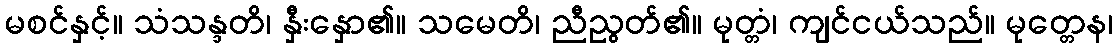
မစင်နှင့်။ သံသန္ဒတိ၊ နှီးနှော၏။ သမေတိ၊ ညီညွတ်၏။ မုတ္တံ၊ ကျင်ငယ်သည်။ မုတ္တေန၊